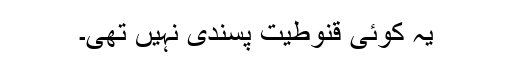
یہ کوئی قنوطیت پسندی نہیں تھی۔